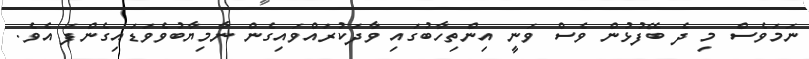
ނަމަވެސް މި ދެ ބޭފުޅުން ވެސް ވަނީ އިންތިހާބުގައި ވާދަކުރައްވައިގެން ނާމިޔާބުވެވަޑައިގެންފަ އެވެ.